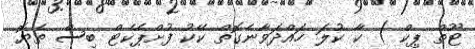
ޓޫތް ޕިކް ) ކާ ކުލަ ހައްދަވާނެގޮތް ކޭކު ފުށްޕެކެޓް ބިސް ތެޔޮ